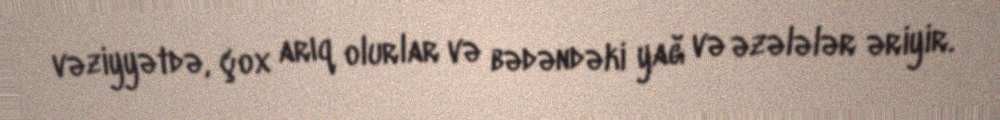
vəziyyətdə, çox arıq olurlar və bədəndəki yağ və əzələlər əriyir.